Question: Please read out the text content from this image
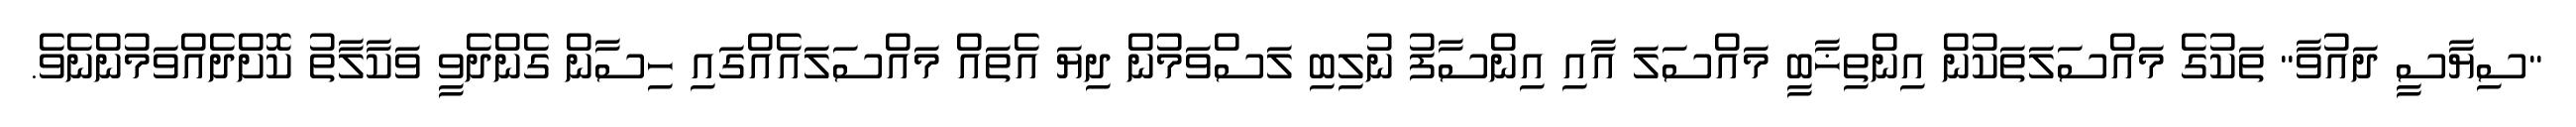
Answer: "ސިޔާސީ ދައުވާ" ތަކުގެ މައްސަލަތަކުން އިންތިޚާބީ މައްސަލަ އާއި އިންސާފު ނުލިބި ލަސްވަމުން ދިޔަ އެތައް މައްސަލައެއްގައި ހިސާން ގެންދެވީ ވަކާލާތު ކޮށްދެއްވަމުންނެވެ.